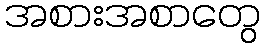
အစားအစာတွေ